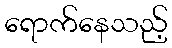
ရောက်နေသည့်